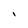
Character: l